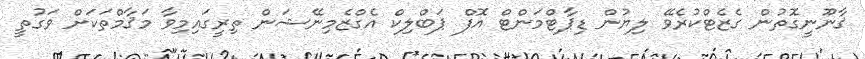
ޤާނޫނީގޮތުން ގެޒެޓްކުރެވޭ ލިޔުން ޑިޕާޓްމަންޓް އޮފް ޕަބްލިކް އެގްޒެމިނޭޝަން ތިރީގައިމިވާ މަޤާމްތަކަށް ވަގުތީ